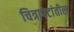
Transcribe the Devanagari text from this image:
चित्रापटांतील